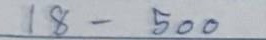
18 - 200